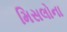
મિસલોના